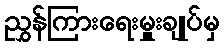
ညွှန်ကြားရေးမှူးချုပ်မှ